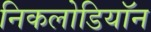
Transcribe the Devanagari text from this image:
निकलोडियॉन